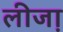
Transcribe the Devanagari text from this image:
लीजा़